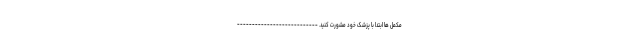
مکمل ها ابتدا با پزشک خود مشورت کنید. ---------------------------